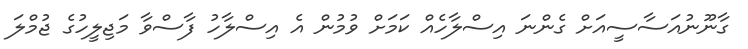
ގާނޫނުއަސާސީއަށް ގެންނަ އިސްލާހެއް ކަމަށް ވުމުން އެ އިސްލާހު ފާސްވާ މަޖިލީހުގެ ޖުމްލަ